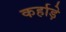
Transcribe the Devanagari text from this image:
कर्हाड़े